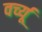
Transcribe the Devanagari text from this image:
वर्च्यू